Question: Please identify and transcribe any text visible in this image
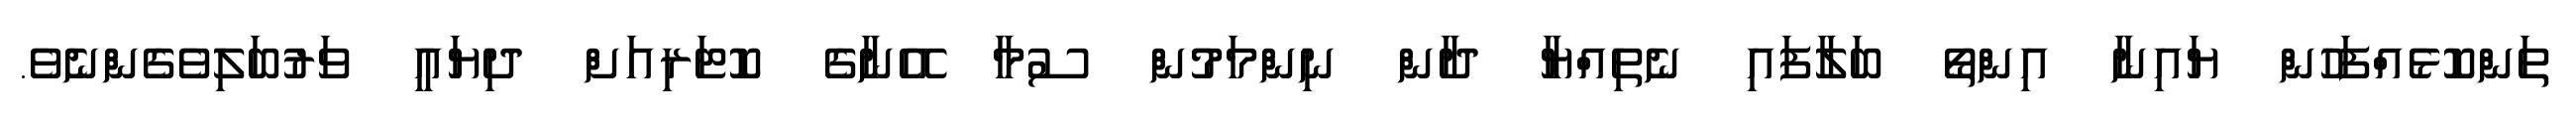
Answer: ތަންކޮޅެއްފަހުން ޔައިނާ އިންތޯ ބަލާފައި ނެތިއްޔާ ދާން ނިންމަމުން ސުމާ އޭނާގެ ކޮޓަރިއަށް ދިޔައީ ވަރުބަލިވެގެންނެވެ.